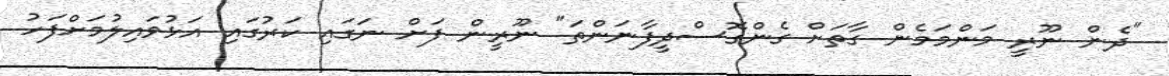
"ދެން ނޫރީ މަންމަމެން ގާތަށް ގެންގޮސްދީފާނަންތަ" ނޫރީން ފަށް ނަގައި ކަރުގައި އަޅުވައިލުމަށްފަހު